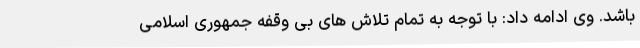
باشد. وی ادامه داد: با توجه به تمام تلاش های بی وقفه جمهوری اسلامی